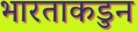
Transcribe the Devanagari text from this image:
भारताकडुन